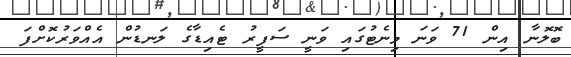
ބޮލޮނާ އިން 71 ވަނަ މިނެޓުގައި ވަނީ ސަފީރު ޓެއިޑާގެ ލަނޑުން އެއްވަރުކޮށްފަ